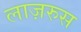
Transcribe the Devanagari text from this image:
लाज़रुस